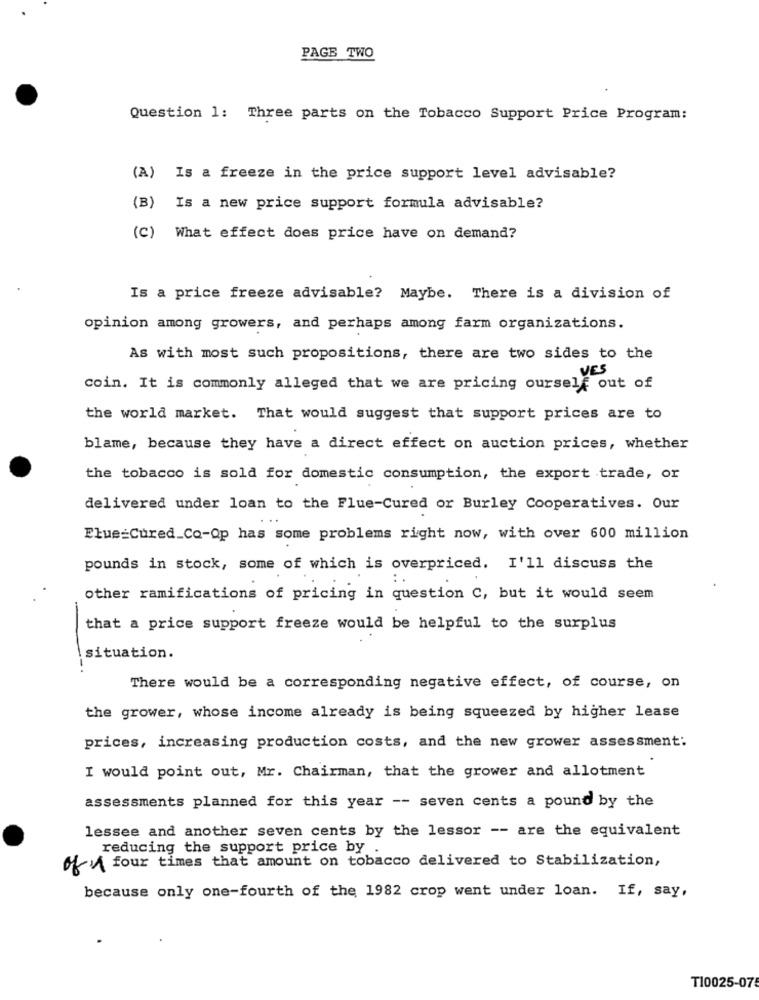
PAGE TWO
Question 1: Three parts on the Tobacco Support Price Program:
(A) Is a freeze in the price support level advisable?
(B)
Is a new price support formula advisable?
(C) What effect does price have on demand?
Is a price freeze advisable? Maybe. There is a division of
opinion among growers, and perhaps among farm organizations.
As with most such propositions, there are two sides to the
VES
coin. It is commonly alleged that we are pricing ourself out of
the world market. That would suggest that support prices are to
blame, because they have a direct effect on auction prices, whether
the tobacco is sold for domestic consumption, the export trade, or
delivered under loan to the Flue-Cured or Burley Cooperatives. Our
Elue=Cured_Co-Op has some problems right now, with over 600 million
pounds in stock, some of which is overpriced. I'll discuss the
other ramifications of pricing in question C, but it would seem
that a price support freeze would be helpful to the surplus
situation.
There would be a corresponding negative effect, of course, on
the grower, whose income already is being squeezed by higher lease
prices, increasing production costs, and the new grower assessment:
I would point out, Mr. Chairman, that the grower and allotment
assessments planned for this year -- seven cents a pound by the
lessee and another seven cents by the lessor -- are the equivalent
reducing the support price by .
of A four times that amount on tobacco delivered to Stabilization,
because only one-fourth of the 1982 crop went under loan. If, say,
T10025-075